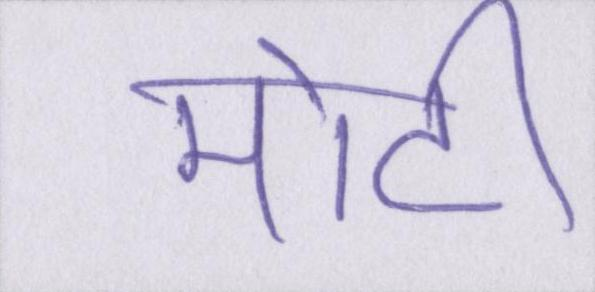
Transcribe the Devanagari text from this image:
मोटी